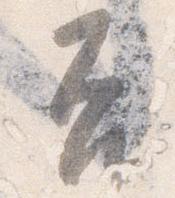
否